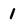
Character: 1